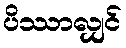
ပိဿာလျှင်